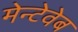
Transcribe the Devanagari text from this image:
मेन्टेवेब